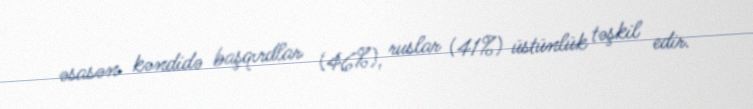
əsasən kəndidə başqırdlar (46%), ruslar (41%) üstünlük təşkil edir.